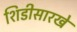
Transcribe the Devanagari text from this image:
शिडीसारखे